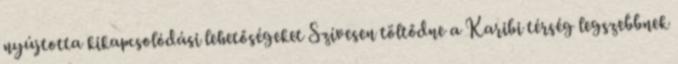
nyújtotta kikapcsolódási lehetőségeket Szívesen töltődne a Karibi térség legszebbnek